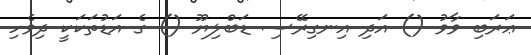
ޢަރަބި ވާވު () އަދި އިނގިރޭސި ޑަބްލިޔޫ () ގެ އަޑުތަކަކީ ދިވެހި